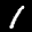
Label: 1